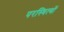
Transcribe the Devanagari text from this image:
परस्थित्यों